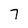
Character: 7